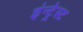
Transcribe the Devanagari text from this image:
इंन्ट्रेस्ट